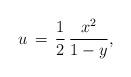
LaTeX: \begin{align*}u\,=\,\frac{1}{2}\,\frac{x^2}{1-y},\end{align*}